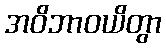
အဝိဘာဝယိတွာ